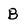
Character: B